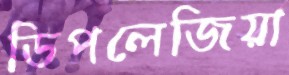
ডিপলেজিয়া